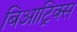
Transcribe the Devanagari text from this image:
बिआट्रिक्स